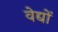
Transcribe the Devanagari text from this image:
वेद्यों